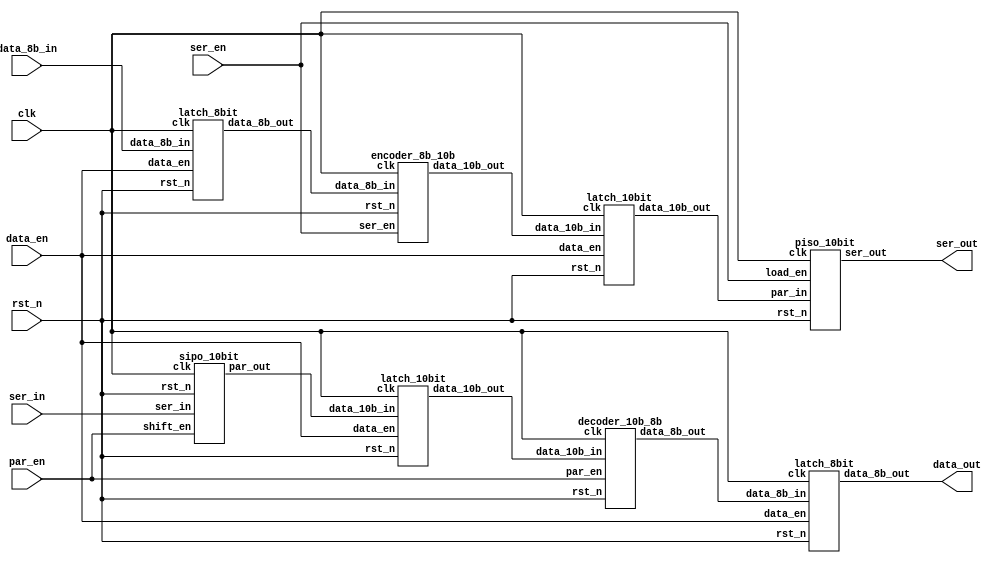
// This program was cloned from: https://github.com/Santeep/TT_UM_SERDES
// License: Apache License 2.0

module serdes_top(
    input           clk,
    input           rst_n,
    input           data_en,
    input           ser_in,
    input           par_en,
    input           ser_en,
    output wire      ser_out,
    output wire [7:0]    data_out,
    input [7:0]     data_8b_in
);

    // Serializer module
    wire [7:0]       data_8b_latched;
    wire [9:0]       data_10b_encoded;
    wire [9:0]       data_10b_latched;

    latch_8bit latch_8b_inst (
        .clk(clk),
        .rst_n(rst_n),
        .data_8b_in(data_8b_in),
        .data_en(data_en),
        .data_8b_out(data_8b_latched)
    );  
    
    encoder_8b_10b encoder_inst (
        .clk(clk),
        .rst_n(rst_n),
        .data_8b_in(data_8b_latched),
        .ser_en(ser_en),
        .data_10b_out(data_10b_encoded)
    );
    
    latch_10bit latch_10b_inst (
        .clk(clk),
        .rst_n(rst_n),
        .data_10b_in(data_10b_encoded),
        .data_en(data_en),
        .data_10b_out(data_10b_latched)
    );

    piso_10bit piso_inst (
        .clk(clk),
        .rst_n(rst_n),
        .par_in(data_10b_latched),
        .load_en(ser_en),
        .ser_out(ser_out)
    );

    // Deserializer module
    wire [9:0]       data_10b;
    wire[9:0]	    data_10b_latched_d;
    wire [7:0]       data_8b_decoded;

    // Instantiate the SIPO module
    sipo_10bit sipo_inst_d (
        .clk(clk),
        .rst_n(rst_n),
        .ser_in(ser_in),
        .shift_en(par_en),
        .par_out(data_10b)
    );

    // Instantiate the 10-bit latch
    latch_10bit latch_10b_inst_d (
        .clk(clk),
        .rst_n(rst_n),
        .data_10b_in(data_10b),
        .data_en(data_en),
        .data_10b_out(data_10b_latched_d)
    );

    // Instantiate the 10b/8b decoder
    decoder_10b_8b decoder_inst_d (
        .clk(clk),
        .rst_n(rst_n),
        .data_10b_in(data_10b_latched_d),
        .par_en(par_en),
        .data_8b_out(data_8b_decoded)
    );

    // Instantiate the 8-bit latch
    latch_8bit latch_8b_inst_d (
        .clk(clk),
        .rst_n(rst_n),
        .data_8b_in(data_8b_decoded),
        .data_en(data_en),
        .data_8b_out(data_out)
    );
endmodule

module latch_8bit(
    input           clk,
    input           rst_n,
    input [7:0]     data_8b_in,
    input           data_en,
    output reg [7:0]    data_8b_out
);

    always @ ( posedge clk or negedge rst_n) begin
        if (!rst_n) begin
            data_8b_out <= 8'h00;
        end
        else begin
            if (data_en) begin
                data_8b_out <= data_8b_in;
            end
            else data_8b_out <= data_8b_out;
        end
    end

endmodule


module encoder_8b_10b(
    input           clk,
    input           rst_n,
    input [7:0]     data_8b_in,
    input           ser_en,
    output reg[9:0]    data_10b_out
);

    reg [3:0]       temp_4b;
    reg [5:0]       temp_6b;

    always @ (posedge clk or negedge rst_n) begin
        if (!rst_n) begin
            temp_4b <= 4'b0000;
            temp_6b <= 6'b000000;
        end
        else begin
            if (!ser_en) begin
                case (data_8b_in[7:5])
                3'b000: temp_4b <= 4'b0100;
                3'b001: temp_4b <= 4'b1001;
                3'b010: temp_4b <= 4'b0101;
                3'b011: temp_4b <= 4'b0011;
                3'b100: temp_4b <= 4'b0010;
                3'b101: temp_4b <= 4'b1010;
                3'b110: temp_4b <= 4'b0110;
                3'b111: temp_4b <= 4'b0001;
                default: temp_4b <= 4'b0000;    
                endcase
                case (data_8b_in[4:0])
                5'b00000: temp_6b <= 6'b011000;
                5'b00001: temp_6b <= 6'b011101;
                5'b00010: temp_6b <= 6'b010010;     
                5'b00011: temp_6b <= 6'b110001;
                5'b00100: temp_6b <= 6'b110101;
                5'b00101: temp_6b <= 6'b101001;
                5'b00110: temp_6b <= 6'b011001;
                5'b00111: temp_6b <= 6'b111000;
                5'b01000: temp_6b <= 6'b111001;
                5'b01001: temp_6b <= 6'b100101;
                5'b01010: temp_6b <= 6'b010101;
                5'b01011: temp_6b <= 6'b110100;
                5'b01100: temp_6b <= 6'b001101;
                5'b01101: temp_6b <= 6'b101100;
                5'b01110: temp_6b <= 6'b011100;
                5'b01111: temp_6b <= 6'b010111;
                5'b10000: temp_6b <= 6'b011011;
                5'b10001: temp_6b <= 6'b100011;
                5'b10010: temp_6b <= 6'b010011;
                5'b10011: temp_6b <= 6'b110010;
                5'b10100: temp_6b <= 6'b001011;
                5'b10101: temp_6b <= 6'b101010;
                5'b10110: temp_6b <= 6'b011010;
                5'b10111: temp_6b <= 6'b111010;
                5'b11000: temp_6b <= 6'b110011;
                5'b11001: temp_6b <= 6'b100110;
                5'b11010: temp_6b <= 6'b010110;
                5'b11011: temp_6b <= 6'b110110;
                5'b11100: temp_6b <= 6'b001110;
                5'b11101: temp_6b <= 6'b101110;
                5'b11110: temp_6b <= 6'b011110;
                5'b11111: temp_6b <= 6'b101011;
                default: temp_6b <= 6'b000000;
                endcase
            end
            else data_10b_out <= {temp_4b, temp_6b};
        end
    end 
endmodule

module latch_10bit(
    input           clk,
    input           rst_n,
    input [9:0]     data_10b_in,
    input           data_en,
    output reg [9:0]    data_10b_out
);
    always @ (posedge clk or negedge rst_n) begin
        if (!rst_n) begin
            data_10b_out <= 10'h00;
        end
        else begin
            if (data_en) begin
                data_10b_out <= data_10b_in;
            end
            else data_10b_out <= data_10b_out;
        end
    end
endmodule

module piso_10bit(
    input           clk,
    input           rst_n,
    input [9:0]     par_in,
    input           load_en,
    output reg      ser_out
);

    reg [9:0]       shift_reg;

    always @(posedge clk) begin
        if (!rst_n) begin
            shift_reg <= 10'b0000000000;
        end 
        else begin 
            if (load_en) begin
                shift_reg <= par_in;
            end
            else begin
                ser_out <= shift_reg[0];
                shift_reg <= {1'b0, shift_reg[9:1]};  
            end
        end
    end

endmodule

module sipo_10bit(
    input           clk,
    input           rst_n,
    input           ser_in,
    input           shift_en,
    output reg [9:0]    par_out
);

    reg [9:0]       shift_reg;

    always @ (posedge clk)begin
        if (!rst_n) begin
            shift_reg <= 10'b0000000000;
        end
        else begin
            if (shift_en) begin
                par_out <= shift_reg;
            end
            else shift_reg <= {shift_reg[8:0], ser_in};
        end
    end

endmodule

module decoder_10b_8b(
    input           clk,
    input           rst_n,
    input [9:0]     data_10b_in,
    input           par_en,
    output reg [7:0]    data_8b_out
);

    reg [2:0]       temp_3b;
    reg [4:0]       temp_5b;

    always @ (posedge clk or negedge rst_n) begin
        if (!rst_n) begin
            temp_3b <= 3'b000;
            temp_5b <= 5'b00000;
        end
        else begin
            if (!par_en) begin
                case (data_10b_in[9:6])
                4'b0100: temp_3b <= 3'b000;
                4'b1001: temp_3b <= 3'b001;
                4'b0101: temp_3b <= 3'b010;
                4'b0011: temp_3b <= 3'b011;
                4'b0010: temp_3b <= 3'b100;
                4'b1010: temp_3b <= 3'b101;
                4'b0110: temp_3b <= 3'b110;
                4'b0001: temp_3b <= 3'b111;
                default: temp_3b <= 3'b000;    
                endcase
                case (data_10b_in[5:0])
                6'b011000: temp_5b <= 5'b00000;
                6'b011101: temp_5b <= 5'b00001;
                6'b010010: temp_5b <= 5'b00010;     
                6'b110001: temp_5b <= 5'b00011;
                6'b110101: temp_5b <= 5'b00100;
                6'b101001: temp_5b <= 5'b00101;
                6'b011001: temp_5b <= 5'b00110;
                6'b111000: temp_5b <= 5'b00111;
                6'b111001: temp_5b <= 5'b01000;
                6'b100101: temp_5b <= 5'b01001;
                6'b010101: temp_5b <= 5'b01010;
                6'b110100: temp_5b <= 5'b01011;
                6'b001101: temp_5b <= 5'b01100;
                6'b101100: temp_5b <= 5'b01101;
                6'b011100: temp_5b <= 5'b01110;
                6'b010111: temp_5b <= 5'b01111;
                6'b011011: temp_5b <= 5'b10000;
                6'b100011: temp_5b <= 5'b10001;
                6'b010011: temp_5b <= 5'b10010;
                6'b110010: temp_5b <= 5'b10011;
                6'b001011: temp_5b <= 5'b10100;
                6'b101010: temp_5b <= 5'b10101;
                6'b011010: temp_5b <= 5'b10110;
                6'b111010: temp_5b <= 5'b10111;
                6'b110011: temp_5b <= 5'b11000;
                6'b100110: temp_5b <= 5'b11001;
                6'b010110: temp_5b <= 5'b11010;
                6'b110110: temp_5b <= 5'b11011;
                6'b001110: temp_5b <= 5'b11100;
                6'b101110: temp_5b <= 5'b11101;
                6'b011110: temp_5b <= 5'b11110;
                6'b101011: temp_5b <= 5'b11111;
                default: temp_5b <= 5'b00000;
                endcase
            end
            else data_8b_out <= {temp_3b,temp_5b};
        end
    end
endmodule